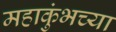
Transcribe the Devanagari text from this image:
महाकुंभच्या